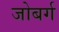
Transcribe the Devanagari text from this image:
जोबर्ग